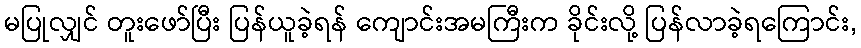
မပြုလျှင် တူးဖော်ပြီး ပြန်ယူခဲ့ရန် ကျောင်းအမကြီးက ခိုင်းလို့ ပြန်လာခဲ့ရကြောင်း,